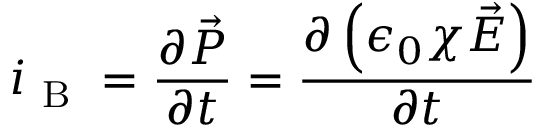
\boldsymbol { i } _ { \mathrm { ~ B ~ } } = \frac { \partial \vec { P } } { \partial t } = \frac { \partial \left( \epsilon _ { 0 } \chi \vec { E } \right) } { \partial t }